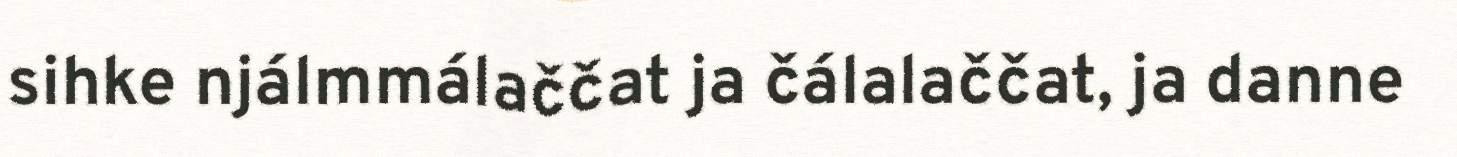
sihke njálmmálaččat ja čálalaččat, ja danne